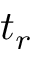
t _ { r }